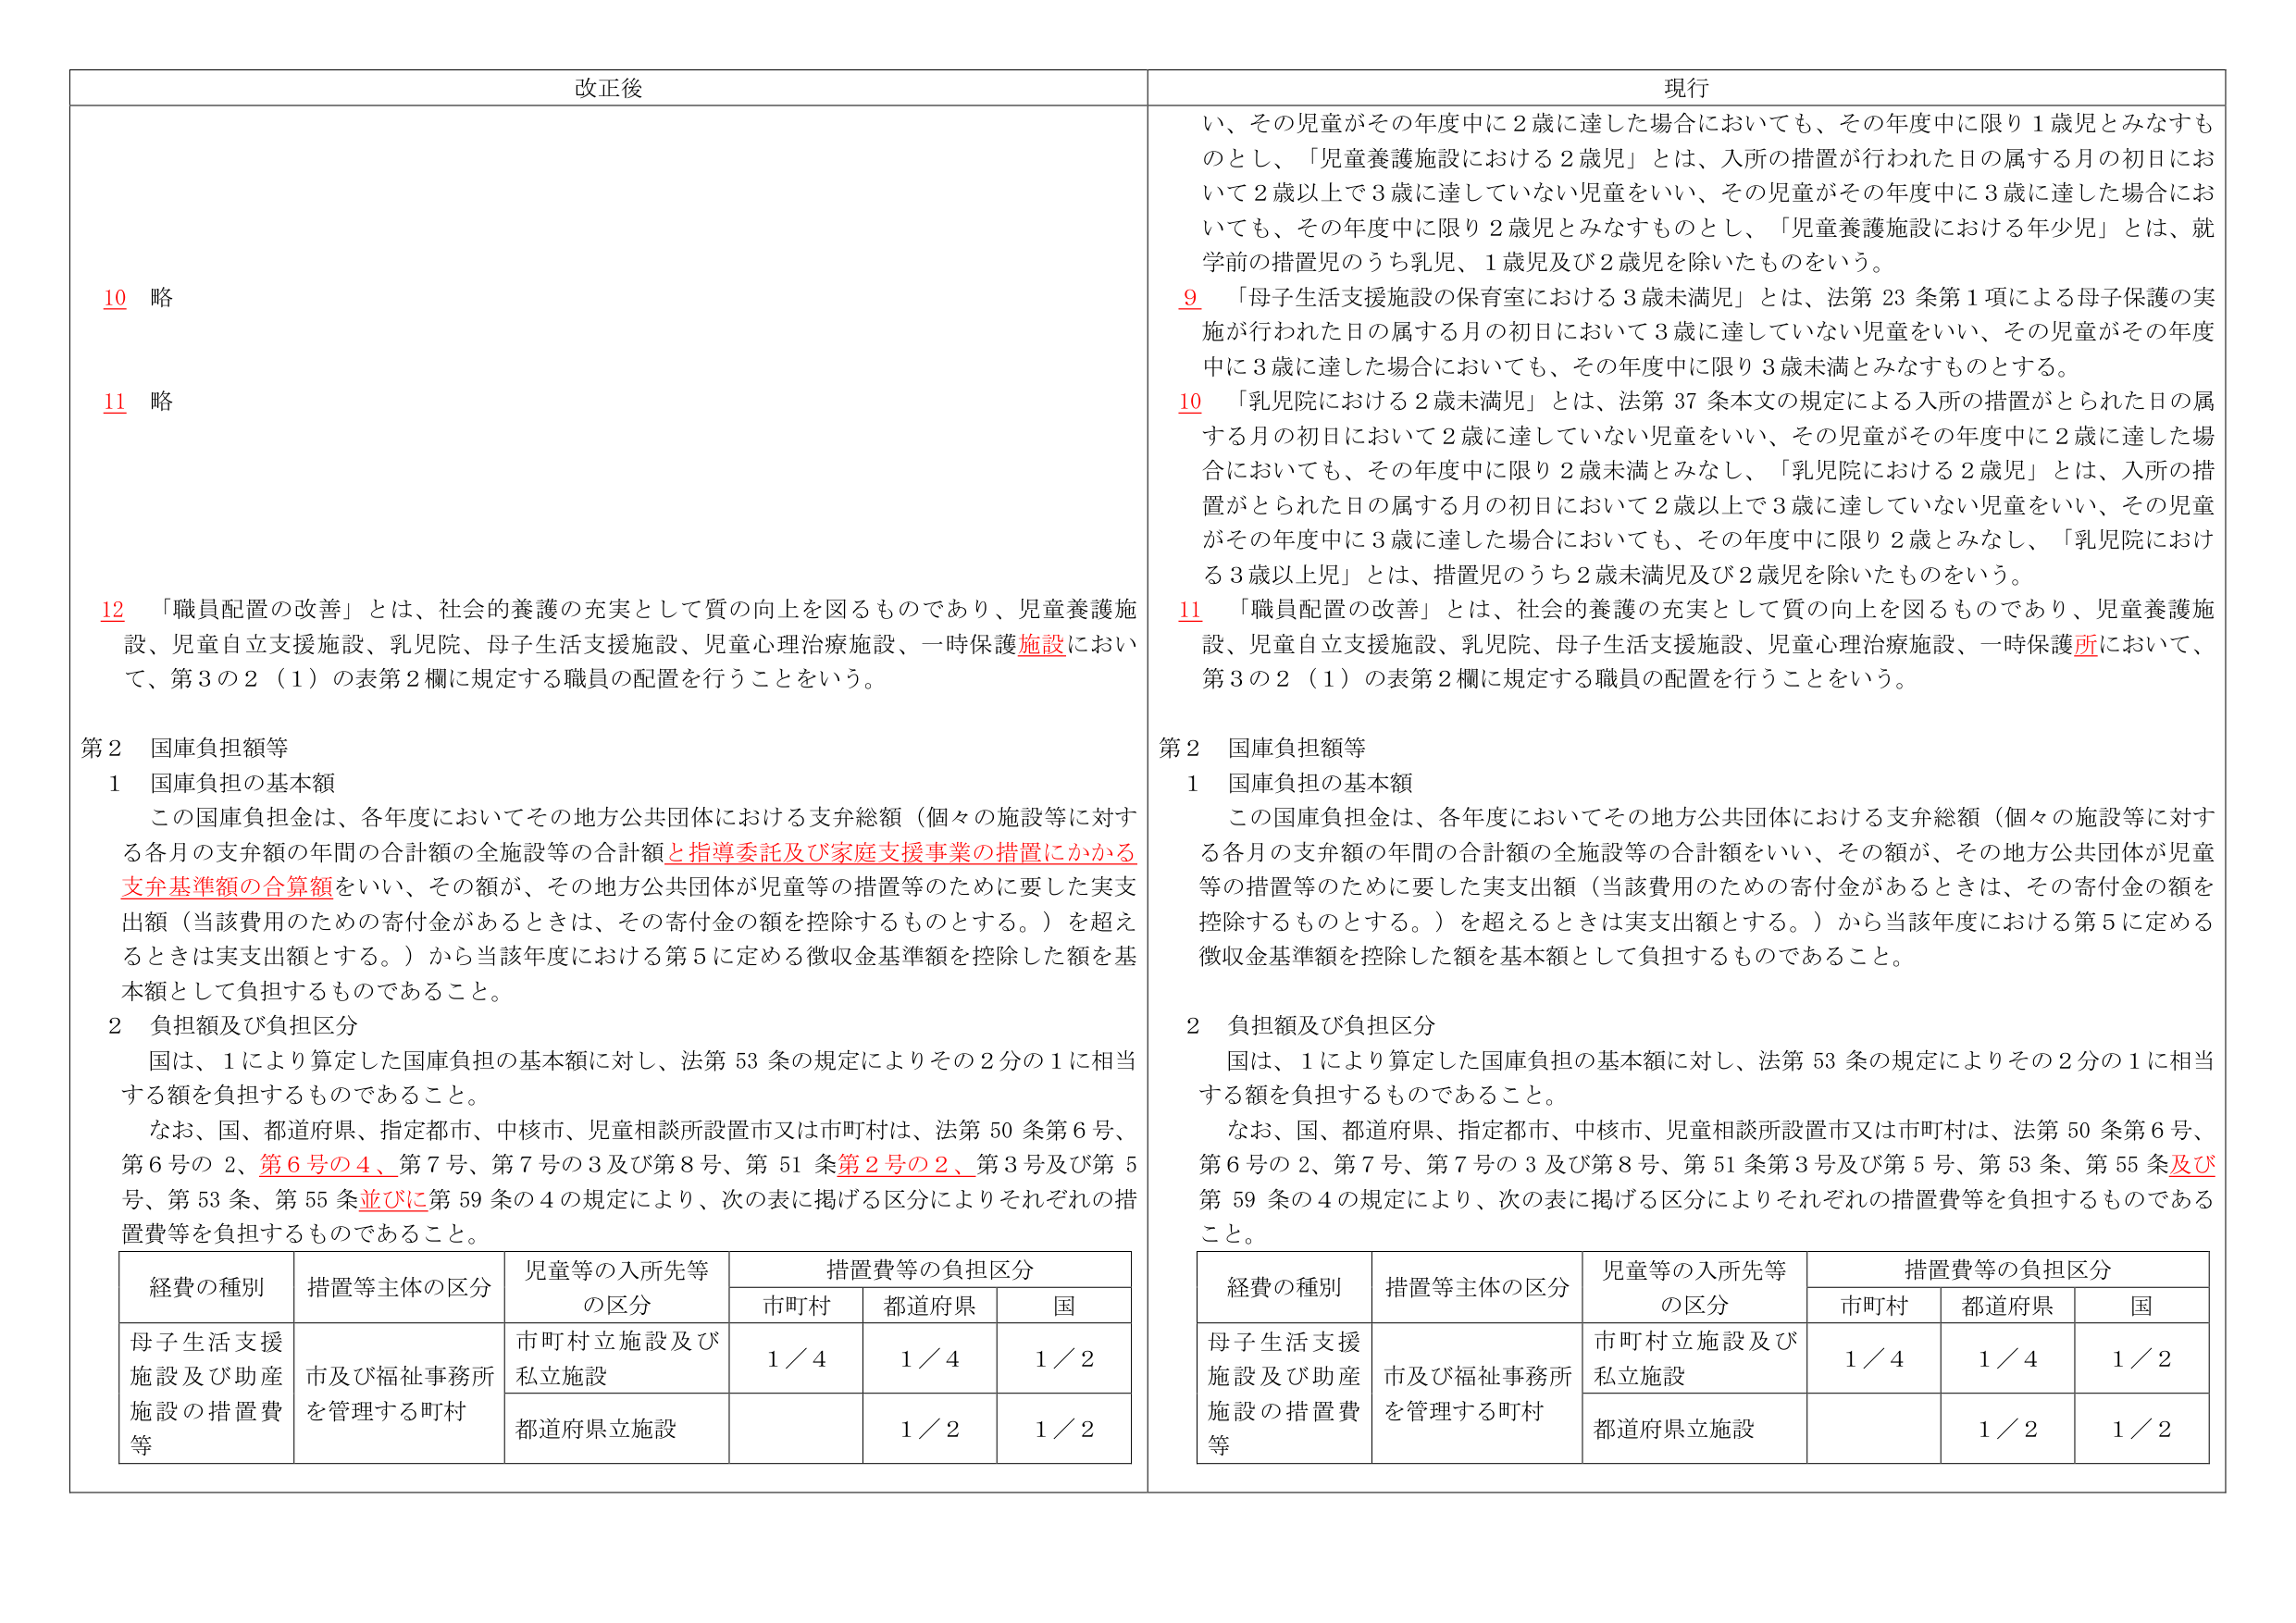
改正後

10 略

11 略

12 「職員配置の改善」とは、社会的養護の充実として質の向上を図るものであり、児童養護施設、児童自立支援施設、乳児院、母子生活支援施設、児童心理治療施設、一時保護施設において、第3の2（1）の表第2欄に規定する職員の配置を行うことをいう。

第2 国庫負担額等

1 国庫負担の基本額
この国庫負担金は、各年度においてその地方公共団体における支弁総額（個々の施設等に対する各月の支弁額の年間の合計額の全施設等の合計額と指導委託及び家庭支援事業の措置にかかる支弁基準額の合算額をいい、その額が、その地方公共団体が児童等の措置等のために要した実支出額（当該費用のための寄付金があるときは、その寄付金の額を控除するものとする。）を超えるときは実支出額とする。）から当該年度における第5に定める徴収金基準額を控除した額を基本額として負担するものであること。

2 負担額及び負担区分
国は、1により算定した国庫負担の基本額に対し、法第53条の規定によりその2分の1に相当する額を負担するものであること。
なお、国、都道府県、指定都市、中核市、児童相談所設置市又は市町村は、法第50条第6号、第6号の2、第6号の4、第7号、第7号の3及び第8号、第51条第2号の2、第3号及び第5号、第53条、第55条並びに第59条の4の規定により、次の表に掲げる区分によりそれぞれの措置費等を負担するものであること。

経費の種別　措置等主体の区分　児童等の入所先等の区分　措置費等の負担区分
　　　　　　　　　　　　　　　　　　　　　　　市町村　都道府県　国
母子生活支援施設及び助産施設の措置費等　市及び福祉事務所を管理する町村　市町村立施設及び私立施設　1／4　1／4　1／2
　　　　　　　　　　　　　　　　　　　　　　　　　　　　　　　都道府県立施設　　　　　　1／2　1／2

現行

い、その児童がその年度中に2歳に達した場合においても、その年度中に限り1歳児とみなすものとし、「児童養護施設における2歳児」とは、入所の措置が行われた日の属する月の初日において2歳以上で3歳に達していない児童をいい、その児童がその年度中に3歳に達した場合においても、その年度中に限り2歳児とみなすものとし、「児童養護施設における年少児」とは、就学前の措置児のうち乳児、1歳児及び2歳児を除いたものをいう。

9 「母子生活支援施設の保育室における3歳未満児」とは、法第23条第1項による母子保護の実施が行われた日の属する月の初日において3歳に達していない児童をいい、その児童がその年度中に3歳に達した場合においても、その年度中に限り3歳未満とみなすものとする。

10 「乳児院における2歳未満児」とは、法第37条本文の規定による入所の措置がとられた日の属する月の初日において2歳に達していない児童をいい、その児童がその年度中に2歳に達した場合においても、その年度中に限り2歳未満とみなし、「乳児院における2歳児」とは、入所の措置がとられた日の属する月の初日において2歳以上で3歳に達していない児童をいい、その児童がその年度中に3歳に達した場合においても、その年度中に限り2歳とみなし、「乳児院における3歳以上児」とは、措置児のうち2歳未満児及び2歳児を除いたものをいう。

11 「職員配置の改善」とは、社会的養護の充実として質の向上を図るものであり、児童養護施設、児童自立支援施設、乳児院、母子生活支援施設、児童心理治療施設、一時保護所において、第3の2（1）の表第2欄に規定する職員の配置を行うことをいう。

第2 国庫負担額等

1 国庫負担の基本額
この国庫負担金は、各年度においてその地方公共団体における支弁総額（個々の施設等に対する各月の支弁額の年間の合計額の全施設等の合計額をいい、その額が、その地方公共団体が児童等の措置等のために要した実支出額（当該費用のための寄付金があるときは、その寄付金の額を控除するものとする。）を超えるときは実支出額とする。）から当該年度における第5に定める徴収金基準額を控除した額を基本額として負担するものであること。

2 負担額及び負担区分
国は、1により算定した国庫負担の基本額に対し、法第53条の規定によりその2分の1に相当する額を負担するものであること。
なお、国、都道府県、指定都市、中核市、児童相談所設置市又は市町村は、法第50条第6号、第6号の2、第7号、第7号の3及び第8号、第51条第3号及び第5号、第53条、第55条及び第59条の4の規定により、次の表に掲げる区分によりそれぞれの措置費等を負担するものであること。

経費の種別　措置等主体の区分　児童等の入所先等の区分　措置費等の負担区分
　　　　　　　　　　　　　　　　　　　　　　　市町村　都道府県　国
母子生活支援施設及び助産施設の措置費等　市及び福祉事務所を管理する町村　市町村立施設及び私立施設　1／4　1／4　1／2
　　　　　　　　　　　　　　　　　　　　　　　　　　　　　　　都道府県立施設　　　　　　1／2　1／2